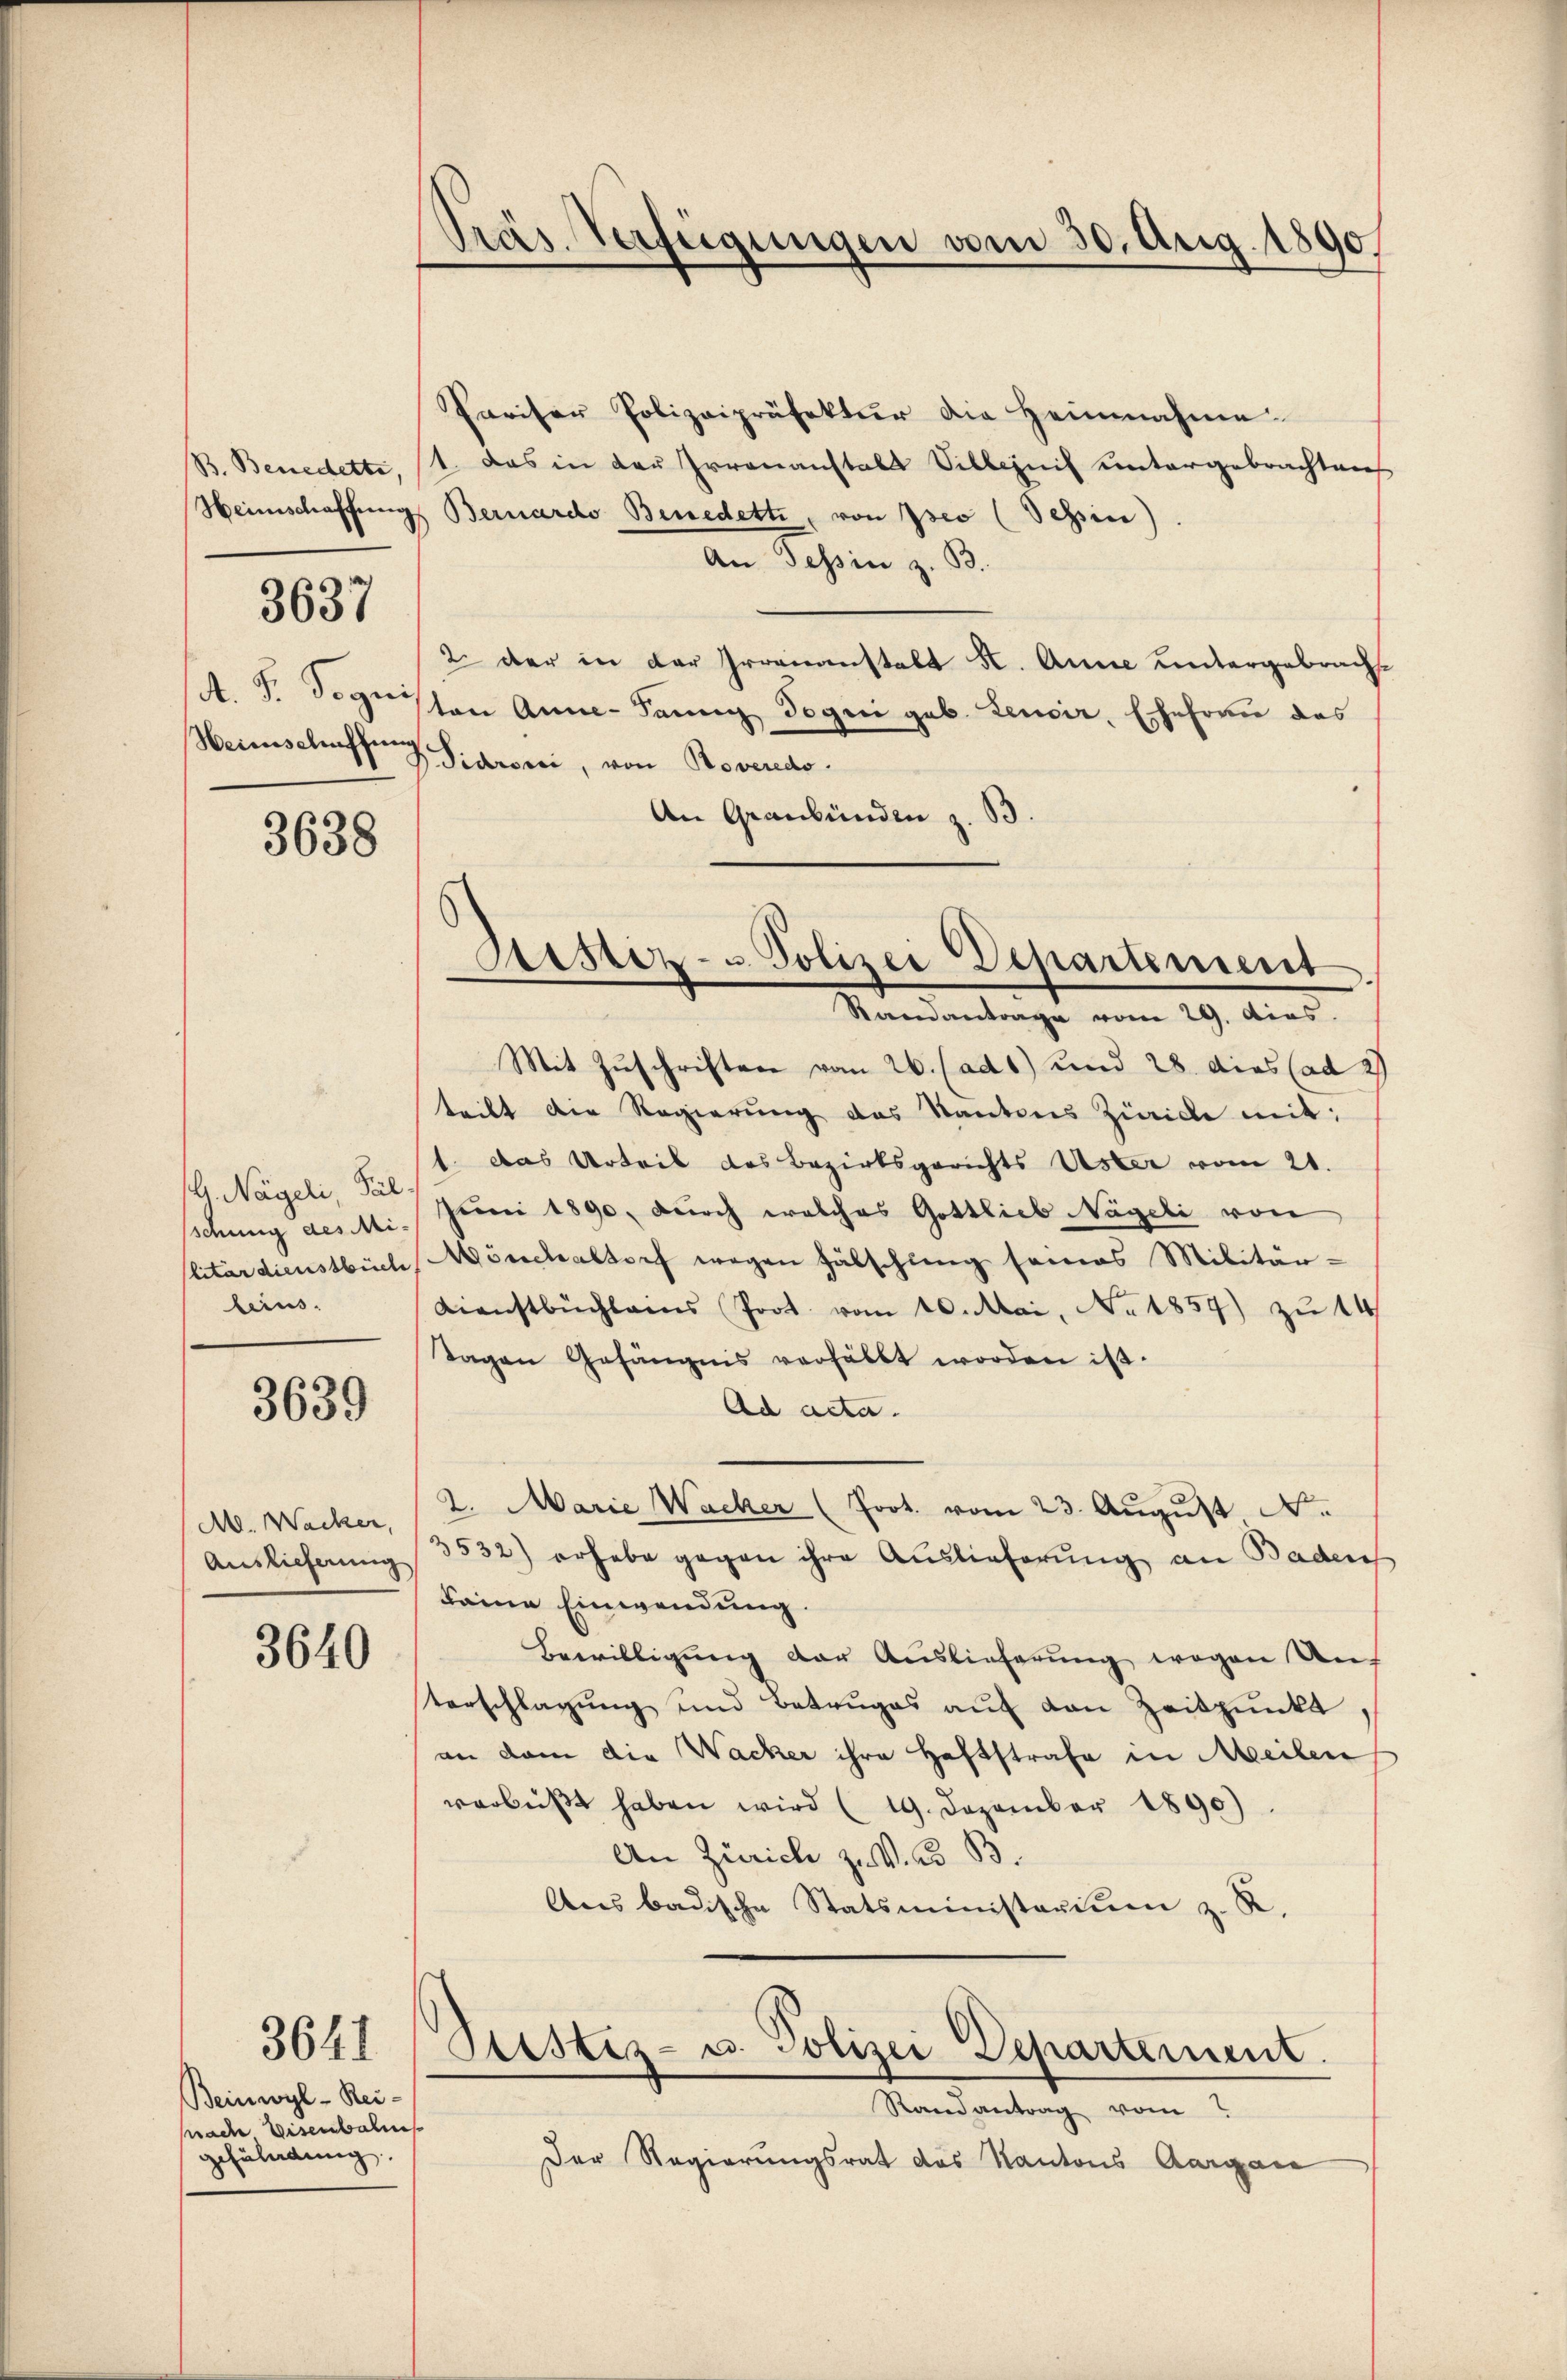
B. Benedette,
Heimschaffung

3637

A. S. Segni
Heienschaffun

3638

G. Nägeli Pal
schung des Militar dienstbüche
leins.

3639

M. Wacker,
Auslieferung

3640

Beinwyl - Reipnach Eisenbahne
gefüladung.

3641

Präs. Verfügungen vom 30. Aug. 1890

Pariser Polizeipräsektur die Heimnahme.
1. Das in der Irrenanstals Silbernis untergebrachten
Bernardo Benedetti, von Iseo (Tessin).
an Jahren z. B.
2. der in der Irrenanstalt K. Anne untergebracht
ton Anne-Tannig Togni geb. Zenoir, Ehefrau des
Pidroni, von Roveredo
An Graubünden z. B.
Mit Zuschriften vom 26. (ad 1) und 28. dies (ad 2
teilt die Regierŭng des Kantons Zürich mit:
1. das Urteil des Bezirksgerichts Uster vom 21.
Juni 1890, durch welches Gottlieb Nägeli von
Mönchaltorf wegen fälschŭng seines Militär-
Dienstbüchlams (Poot. vom 10. Mai, No. 1859) zu 14
Tagen Gefängnis verhältt worden ist.
Ad acta.
2. Marie Wacker (Prot. vom 23. Aŭgŭst N.
3532) erhabe gegen ihre Auslieferung an Baden
keine Einwendung.
Bewilligung der Auslieferung wegen Auf
terschlagung und Betruges auf den Zeitpunkt
an dem die Wacker ihre Haftstrafe in Meilen
verbüßt haben wird (19. Dezember 1890)
An Zürich zu V. B. B.
Ans badische Statsministerium z. R.
Stestiz- u. Polizei Departement.
Randantrag vom
Der Regierungsrat des Kantons Aargare

Astiz- u. Polizei Departement
Randantrage vom 29. Dias.